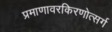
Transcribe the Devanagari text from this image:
प्रमाणावरकिरणोत्सर्ग